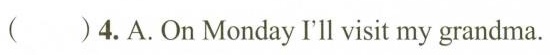
( )4.A.On Monday I'll ⅵsit my grandma.